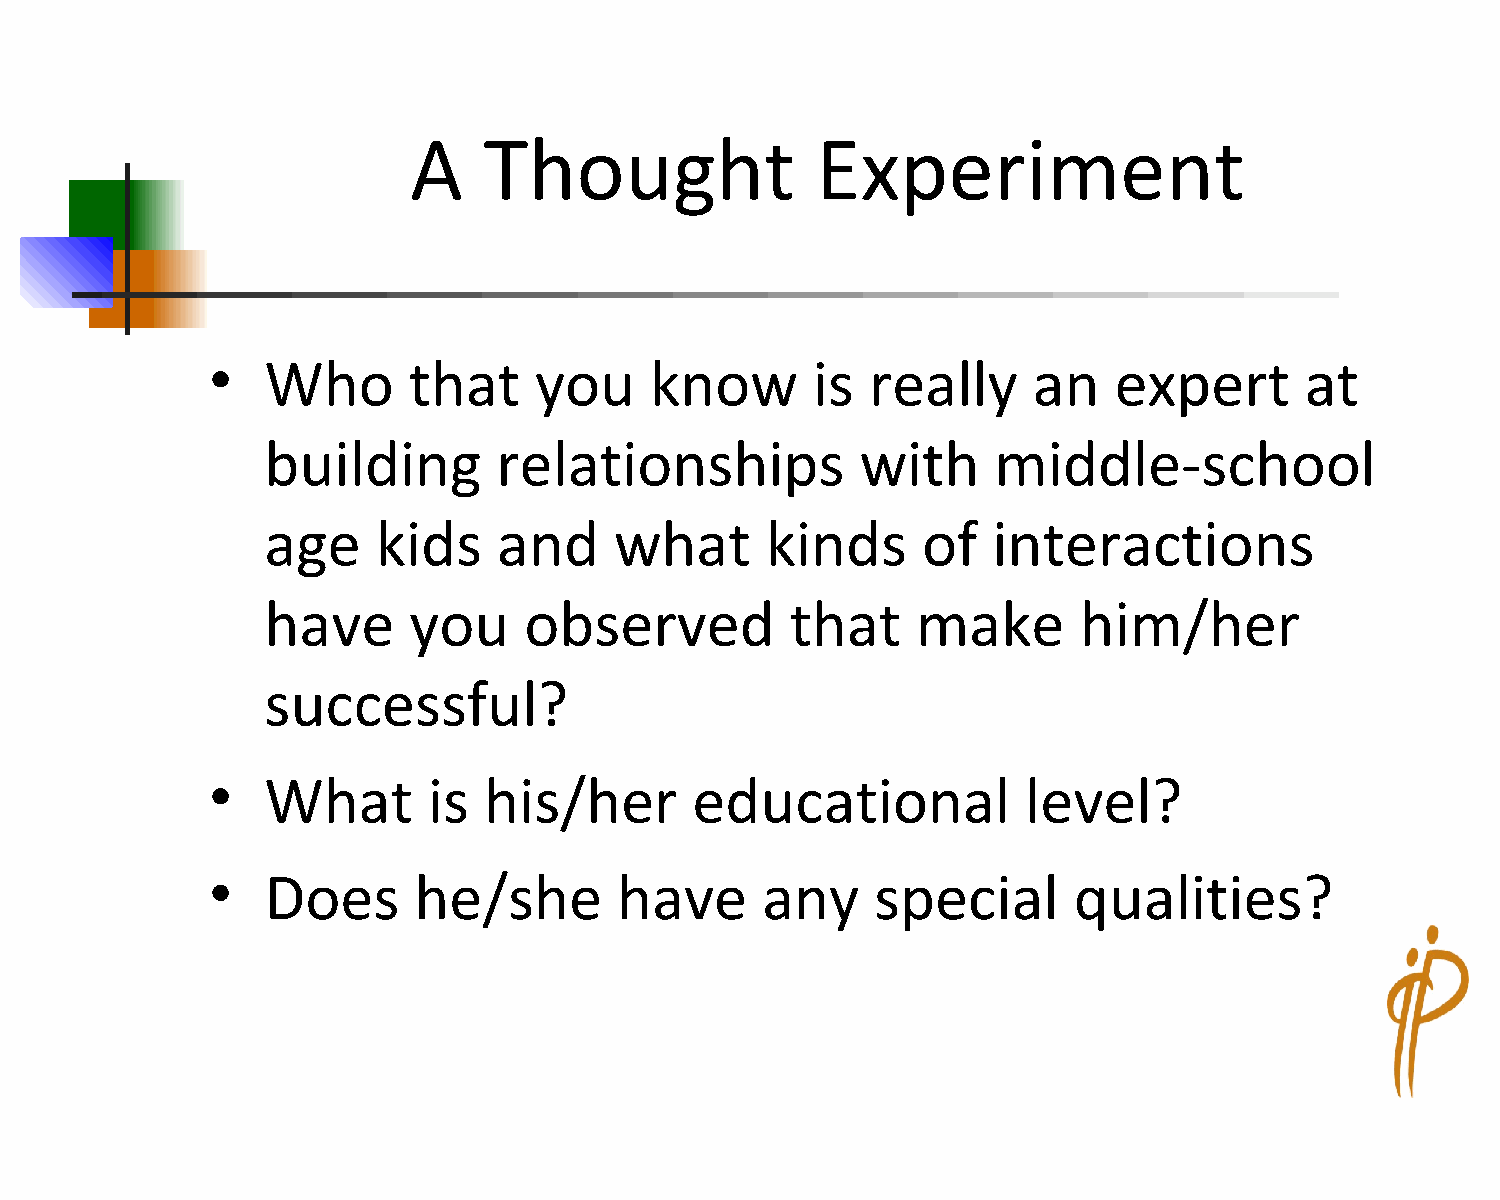
A    Thought               Experiment
 •
 Who      that    you     know       is  really    an    expert      at
 building       relationships           with     middle-school
 age    kids    and     what      kinds     of   interactions
 have     you     observed         that     make      him/her
 successful?
 •
 What      is  his/her       educational           level?
 •
 Does     he/she        have     any     special      qualities?